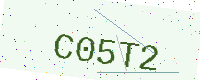
Text: C05T2